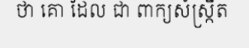
ថា គោ ដែល ជា ពាក្យសំស្ក្រឹត